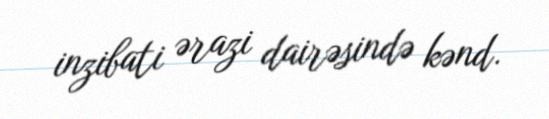
inzibati ərazi dairəsində kənd.